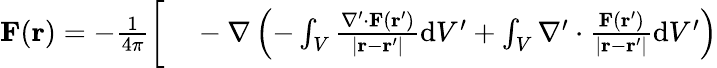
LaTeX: \begin{array}{rl}{\mathbf{F}(\mathbf{r})=-{\frac{1}{4\pi}}{\bigg[}}&{{}-\nabla\left(-\int_{V}{\frac{\nabla^{\prime}\cdot\mathbf{F}\left(\mathbf{r}^{\prime}\right)}{\left|\mathbf{r}-\mathbf{r}^{\prime}\right|}}\mathrm{d}V^{\prime}+\int_{V}\nabla^{\prime}\cdot{\frac{\mathbf{F}\left(\mathbf{r}^{\prime}\right)}{\left|\mathbf{r}-\mathbf{r}^{\prime}\right|}}\mathrm{d}V^{\prime}\right)}\end{array}